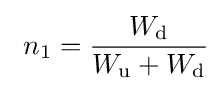
~n_{1}={\frac {W_{\rm {d}}}{W_{\rm {u}}+W_{\rm {d}}}}